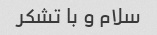
سلام و با تشکر